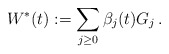
\begin{align*}W^*(t):=\sum_{j\geq 0}\beta_j(t) G_j\,.\end{align*}